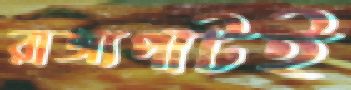
রাজ্যপাটই